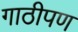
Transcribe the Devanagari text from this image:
गाठीपण